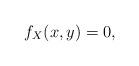
LaTeX: \begin{align*}f_X(x,y)= 0,\end{align*}